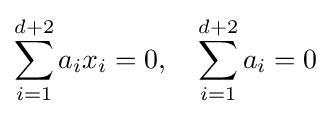
\sum _{i=1}^{d+2}a_{i}x_{i}=0,\quad \sum _{i=1}^{d+2}a_{i}=0